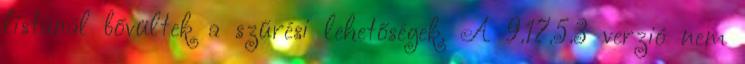
listánál bővültek a szűrési lehetőségek. A 9.17.5.3 verzió nem